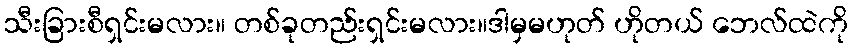
သီးခြားစီရှင်းမလား။ တစ်ခုတည်းရှင်းမလား။ဒါမှမဟုတ် ဟိုတယ် ဘေလ်ထဲကို